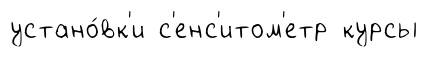
устано́вк'и с'енс'итом'етр курсы